Annual statistical returns and brief notes on vaccination in Bengal - 1909-1929
Year: 1909
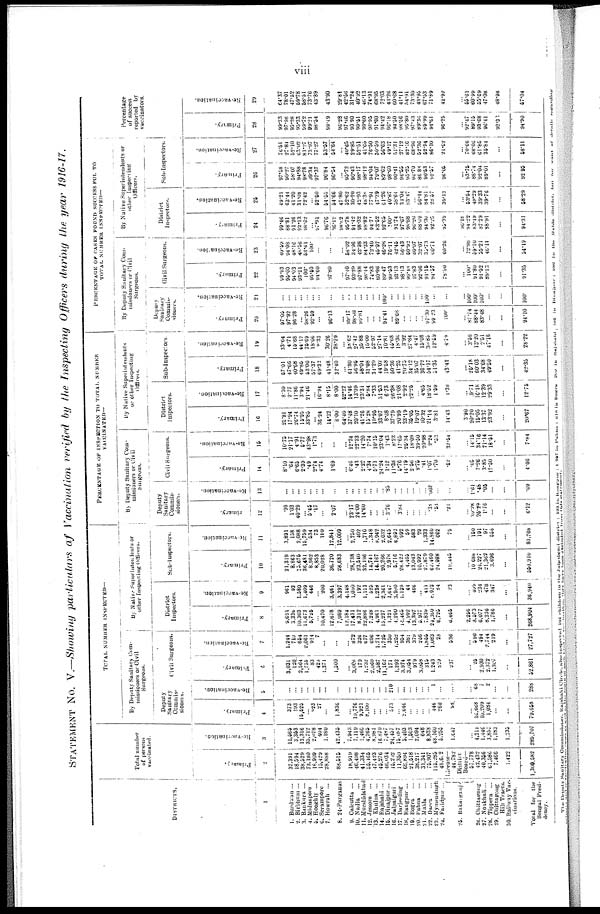
viii
STATEMENT NO. V.—Showing particulars of Vaccination verified by the Inspecting Officers during the year 1916-17.
DISTRICTS.
1
1.
2.
3.
4.
5.
6.
7.
8.
9.
10.
11.
12.
13.
14.
15.
16.
17.
18.
19.
20.
21.
22.
23.
24.
25
26.
27.
28.
29.
30.
Burdwan ...
Birbhum ...
Bankura ...
Midnapore
Hooghly ...
Serampore ...
Howrah ...
24-Parganas
Calcutta ...
Nadia
...
Murshidabad
Jessore ...
Khulna ...
Rajshahi ...
Dinajpur ...
Jalpaiguri ...
Darjeeling
Rangpur ...
Bogra ...
Pabna
...
Malda
...
Dacca ...
Mymensingh
Faridpur ...
Bakarganj
Chittagong
Noakhali ...
Tippera ...
Chittagong
Hill Tracts.
Railway Vac¬
cinations.
Total for the
Bengal Presi¬
dency.
Total number
of persons
vaccinated.
Primary.
2
37,391
18,594
38,529
73,180
16,909
15,429
28,888
88,515
18,919
46,498
41,334
56,466
47,423
46,276
46,034
15,202
11,350
68,894
21,518
38,217
31,341
75,907
115,285
48,602
License—
44,782
District
Board—
57,778
42,432
40,356
81,586
7,466
1,422
1,300,582
Re-vaccination.
3
11,565
3,353
13,316
35,712
2,078
404
1,180
42,435
7,943
7,119
1,460
4,765
8,981
16,879
7,487
24,457
15,087
5,403
1,503
2,094
648
8,838
48,160
5,256
1,647
...
4,211
1,446
3,867
1,183
1,235
289,707
TOTAL NUMBER INSPECTED—
By Deputy Sanitary Com-
missioners or Civil
Surgeons.
Deputy
Sanitary
Commis¬
sioners.
Primary.
4
373
193
15,525
...
923
27
...
1,836
...
10,776
9,921
8,100
...
...
...
573
...
2,646
...
...
...
...
446
260
98
...
l6,668
10,209
1,084
...
...
79,658
Re-vaccination.
5
...
...
...
...
...
...
...
...
...
...
...
...
...
...
...
210
...
...
...
...
... ...
...
...
...
...
68
7
2
...
...
288
Civil Surgeons.
Primary.
6
3,031
120
2,564
1,756
83
423
1,371
1,500
...
3,008
179
1,232
2,060
2,587
11,162
171
1,292
3,974
3,054
979
3,058
315
1,243
899
237
...
25
2,930
2,372
1,307
...
52,861
Re-vaccination.
7
1,244
710
664
2,061
914
7
...
...
...
872
326
677
696
1,714
1,726
350
1,252
954
381
379
256
1,856
1,083
28
536
...
596
494
2,744
219
...
27,727
By Native Superintendents or
other Inspecting Officers.
District
Inspectors.
Primary.
8
9,691
3,338
10,303
11,673
5,726
...
10,470
12,678
7,089
12,184
17,431
8,312
22,886
7,248
4,961
15,227
1,321
4,290
14,465
4,992
13,397
5,977
7,839
24,380
6,725
6,465
2,256
8,573
6,077
8,236
l,786
...
268,904
Re-vaccination.
9
961
93
1,380
1,409
446
...
200
3,461
3,397
4,148
1,030
192
1,111
525
1,238
2,361
1,647
3,980
1,139
44
466
...
411
8,923
84
23
...
409
234
478
347
...
36,940
Sub-Inspectors.
Primary.
10
21,319
8,863
15,676
36,481
8,962
8,853
20,028
36,720
28,683
...
28,738
23,540
32,196
14,741
14,167
20,266
2,978
5,716
28,422
4,465
13,043
10,992
27,879
62,460
24,988
19,445
...
10,688
24,227
21,362
3,696
...
560,910
Re-vaccination.
11
3,891
158
2,088
15,759
534
73
110
12,841
12,009
...
2,750
402
1,710
1,348
8,942
2,032
2,645
6,892
992
59
583
29
1,333
14,860
662
79
...
150
191
97
558
...
81,768
PERCENTAGE OF INSPECTION TO TOTAL NUMBER
VACCINATED—
By Deputy Sanitary Com-
missioners or Civil
Surgeons.
Deputy
Sanitary
Commis-
sioners.
Primary.
12
.99
1.03
40.29
...
5.46
.17
...
2.07
...
23.17
24.00
14.60
...
...
...
3.76
...
3.84
...
...
...
...
.38
.58
.21
...
39.28
25.29
1.76
...
...
6.12
Re-vaccination.
13
...
...
...
...
...
...
...
...
...
...
...
...
...
...
...
.85
...
...
...
...
...
...
.002
...
...
...
1.61
.48
.05
...
...
.09
Civil Surgeons.
Primary.
14
8.10
.64
6.65
2.39
.49
2.74
4.74
1.69
...
6.46
.43
2.22
4.34
5.71
24.24
1.12
11.38
5.76
14.19
2.56
9.76
.41
1.07
1.70
.62
...
.05
7.26
3.85
17.50
...
4.06
Re-Vaccination.
15
10.75
21.17
4.91
5.77
43.98
1.73
...
...
...
12.24
22.23
14.20
7.74
10.15
23.04
1.43
8.23
17.65
26.34
18.09
39.50
20.98
2.24
.53
32.54
...
14.15
34.16
71.14
18.51
...
7.84
By Native Superintendents
or other Inspecting
Officers.
District
Inspectors.
Primary.
16
25.91
17.94
26.74
15.95
33.85
...
36.24
14.32
8.00
64.40
37.48
20.10
41.26
15.28
10.96
33.07
8.88
37.79
20.99
23.19
35.05
19.07
10.32
21.14
3.81
14.43
3.90
20.20
15.05
13.37
23.92
...
20.67
Re-vaccination.
17
8.30
2.77
11.86
3.94
21.46
...
16.94
8.15
8.00
52.22
14.46
13.09
23.31
5.84
7.33
31.53
6.73
26.38
21.08
2.92
22.25
...
4.65
18.52
1.59
1.39
...
9.71
16.18
12.39
29.33
...
12.75
Sub-Inspectors.
Primary.
18
57.01
47.66
40.68
49.86
53.00
57.37
69.32
41.48
32.40
...
61.80
56.96
58.04
31.08
31.29
44.02
19.58
50.36
41.25
20.75
34.12
35.07
36.72
54.17
51.35
43.42
...
26.18
60.03
34.68
49.50
...
42.35
Re-vaccnation.
19
33.64
4.71
16.68
44.12
25.69
18.06
9.32
30.26
28.29
...
38.62
27.42
35.88
15.00
52.97
27.14
10.81
45.68
18.36
3.92
27.84
4.47
15.08
30.85
12.59
4.79
...
3.56
13.20
2.51
47.16
...
28.22
PERCENTAGE OF CASES FOUND SUCCESSFUL TO
TOTAL NUMBER INSPECTED—
By Deputy Sanitary Com-
missioners or Civil
Surgeons.
Deputy
Sanitary
Commis-
sioners.
Primary.
20
97.05
97.92
96.28
...
98.26
92.59
...
96.13
...
99.17
98.08
99.81
...
...
...
94.41
...
89.68
...
...
...
...
97.30
99.23
100.
...
87.74
88.44
83.48
...
...
94.10
Re-vaccination.
21
...
...
...
...
...
...
...
...
...
...
...
...
...
...
...
100.
...
...
...
...
...
...
100.
...
...
...
100.
100.
100.
...
...
100.
Civil Surgeons.
Primary.
22
99.93
95.00
94.03
93.21
100.
95.60
94.60
97.80
...
97.40
93.29
97.88
98.44
74.83
80.96
89.47
99.53
93.13
98.13
99.18
97.83
92.06
91.15
94.57
78.90
...
100.
91.80
91.52
89.13
...
91.35
Re-vaccination.
23
40.59
94.08
48.16
48.56
53.61
100.
...
...
...
58.02
34.96
42.98
84.33
72.40
45.97
46.28
76.11
42.45
56.43
50.92
80.07
32.07
30.73
60.71
60.26
...
72.98
59.10
55.21
46.11
...
54.19
By Native Superintendents or
other Inspecting
Officers.
District
Inspectors.
Primary.
24
99.46
88.81
91.26
92.13
98.62
...
97.91
96.76
96.12
98.82
95.78
94.42
98.32
98.82
94.71
83.52
92.65
100.
91.74
97.67
98.88
96.20
88.69
94.30
92.20
95.39
96.l8
94.22
83.19
87.29
88.91
...
94.31
Re-vaccination.
25
49.21
63.44
41.20
31.08
72.42
...
52.50
54.55
54.66
47.80
52.62
30.20
42.93
48.38
77.94
47.39
61.26
40.87
58.64
34.04
83.47
...
56.44
84.81
28.57
39.13
...
53.54
48.29
39.33
39.76
...
58.29
Sub-Inspectors.
Primary.
26
97.58
90.27
58.07
94.88
98.78
99.34
97.37
96.84
96.54
...
95.72
90.43
98.17
98.12
94.04
79.07
89.62
98.60
90.41
96.55
95.25
96.70
86.88
90.63
92.57
96.05
...
93.75
88.74
92.04
89.01
...
92.95
Re-vaccination.
27
76.51
27.84
52.10
63.02
81.27
73.97
77.27
53.57
54.64
...
40.65
29.85
52.51
41.69
76.50
50.59
56.63
49.17
51.31
27.12
82.16
68.96
52.36
62.94
86.10
21.62
...
70.66
68.06
61.85
35.84
...
58.11
Percentage
of success
reported by
vaccinators.
Primary.
28
99.33
97.98
95.88
95.33
99.72
99.21
98.54
99.49
96.28
97.46
90.90
99.61
99.60
96.95
91.00
94.42
96.18
94.50
98.56
95.80
97.43
89.36
89.99
94.61
96.25
...
92.47
89.15
93.68
96.41
92.33
94.90
Re-vaccination.
29
64.37
78.01
47.52
59.78
58.51
73.76
43.89
43.90
29.81
42.66
31.24
40.92
46.13
74.91
68.95
72.03
43.26
60.88
41.11
54.91
73.30
43.95
67.53
71.89
42.92
...
55.61
60.99
55.69
47.08
48.98
57.04
The Deputy Sanitary Commissioner, Rajshahi Circle, also inspected 104 Children in the Jalpaiguri district: 103 in Rangpur : 1,397 in Pabna : 618 in Bogra 209 in Rajshahi, 105 in Dinajpur: 986 in the Malda district, but for want of deaths regarding
Primarily and revaccination cases as well as the result of each staff of vaccination they have been excluded from this statement.